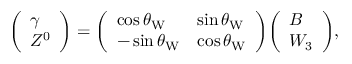
{ \left( \begin{array} { l } { \gamma } \\ { Z ^ { 0 } } \end{array} \right) } = { \left( \begin{array} { l l } { \cos \theta _ { \mathrm { W } } } & { \sin \theta _ { \mathrm { W } } } \\ { - \sin \theta _ { \mathrm { W } } } & { \cos \theta _ { \mathrm { W } } } \end{array} \right) } { \left( \begin{array} { l } { B } \\ { W _ { 3 } } \end{array} \right) } ,